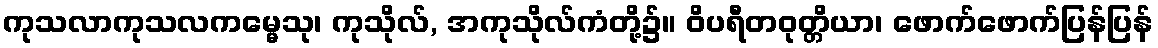
ကုသလာကုသလကမ္မေသု၊ ကုသိုလ်, အကုသိုလ်ကံတို့၌။ ဝိပရီတဝုတ္တိယာ၊ ဖောက်ဖောက်ပြန်ပြန်